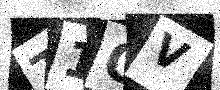
Text: T1OV